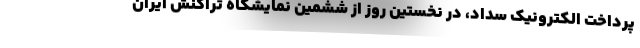
پرداخت الکترونیک سداد، در نخستین روز از ششمین نمایشگاه تراکنش ایران